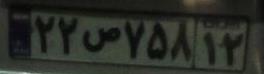
۲۲ص۷۵۸۱۲